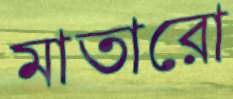
মাতারো